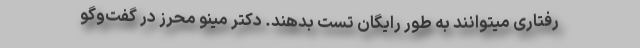
رفتاری میتوانند به طور رایگان تست بدهند. دکتر مینو محرز در گفت‌‌وگو